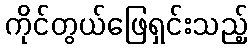
ကိုင်တွယ်ဖြေရှင်းသည့်